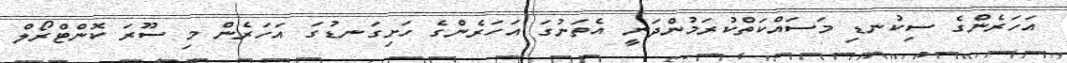
އަހަރެންގެ ސިކުނޑި މަސައްކަތްކުރަމުންދަނީ އެތަނުގަ އަހަރެންގެ ހަށިގަނޑުގަ އަހަރެން މި ސޫރަ ކޮންޓްރޯލް